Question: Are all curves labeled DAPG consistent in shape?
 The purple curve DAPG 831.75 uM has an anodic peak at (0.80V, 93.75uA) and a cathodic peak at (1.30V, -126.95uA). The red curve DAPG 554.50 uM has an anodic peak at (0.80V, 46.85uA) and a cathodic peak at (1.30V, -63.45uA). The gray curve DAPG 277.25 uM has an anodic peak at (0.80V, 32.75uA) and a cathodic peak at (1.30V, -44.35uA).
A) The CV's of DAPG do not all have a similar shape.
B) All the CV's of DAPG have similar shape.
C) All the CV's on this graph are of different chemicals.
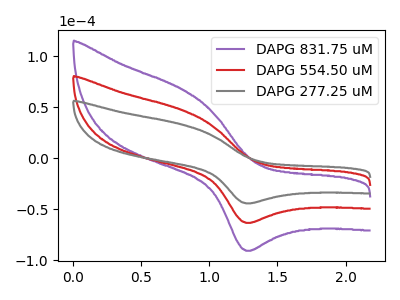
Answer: <think>All the peaks in "DAPG 831.75 uM" have a peak in "DAPG 554.50 uM" at the same potential. Every peak in "DAPG 831.75 uM" is higher than every peak in "DAPG 554.50 uM". All the peaks in "DAPG 831.75 uM" have a peak in "DAPG 277.25 uM" at the same potential. Every peak in "DAPG 831.75 uM" is higher than every peak in "DAPG 277.25 uM". All the peaks in "DAPG 554.50 uM" have a peak in "DAPG 277.25 uM" at the same potential. Every peak in "DAPG 554.50 uM" is higher than every peak in "DAPG 277.25 uM".
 </think>
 <answer>B) All the CV's of "DAPG" have similar shape.</answer>
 <eval>B</eval>